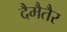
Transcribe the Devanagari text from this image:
दैमैतैर